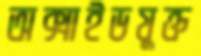
অক্সাইডযুক্ত